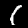
Digit: 1